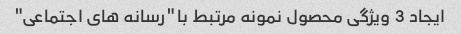
ایجاد 3 ویژگی محصول نمونه مرتبط با "رسانه های اجتماعی"